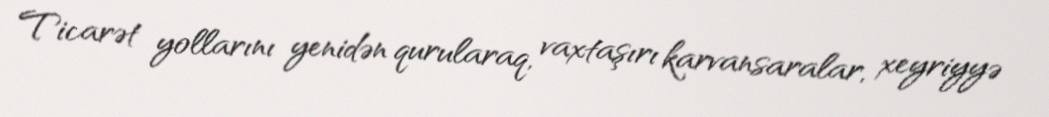
Ticarət yollarını yenidən qurularaq, vaxtaşırı karvansaralar, xeyriyyə